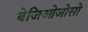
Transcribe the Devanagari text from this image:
बेजिओजोसो